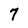
Character: 7